Subject: cs
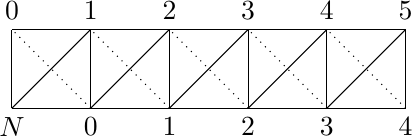
LaTeX code:
\begin{tikzpicture}
\draw (0,0) grid (5,1);
\foreach \x in {0,...,4} \draw (\x,0)--++(1,1);
\foreach \x in {1,...,5} \draw[dotted] (\x,0)--++(-1,1);
\draw (0,0) node [below]{$N$};
\foreach \x in {0,...,4} \draw (\x+1,0) node [below] {$\x$};
\foreach \x in {0,...,5}	\draw (\x,1) node [above] {$\x$};
\end{tikzpicture}